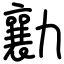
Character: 勷